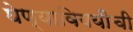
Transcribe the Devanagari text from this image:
घेण्याविषयीची